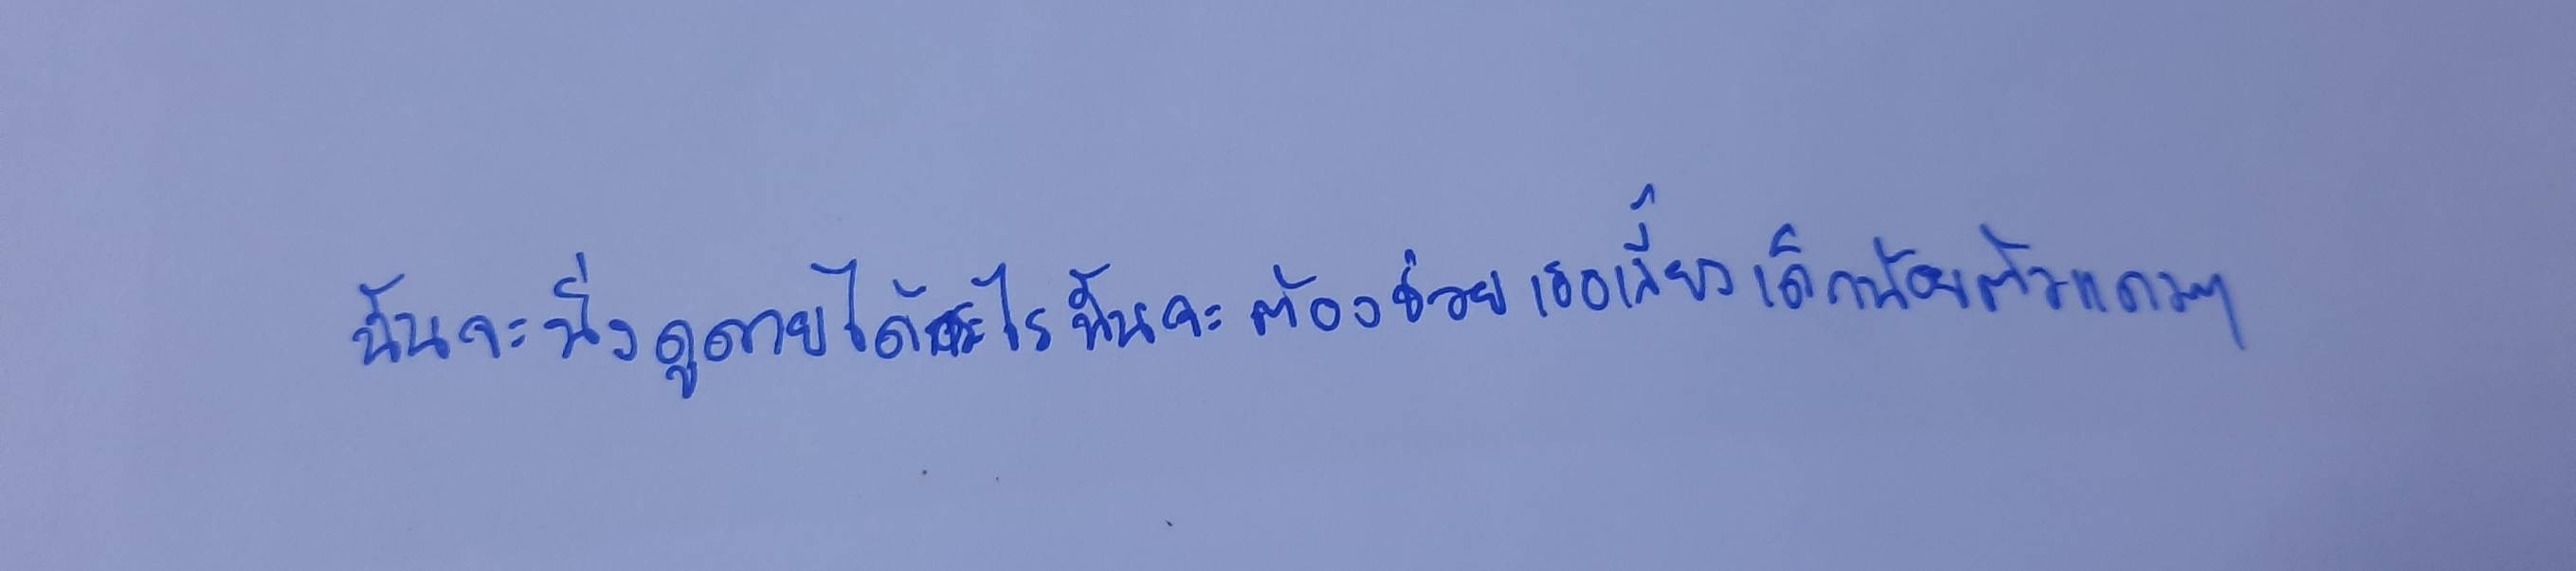
ฉันจะนิ่งดูดายได้กระไรฉันจะต้องช่วยเธอเลี้ยงเด็กน้อยตัวแดงๆ